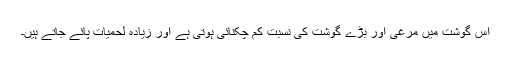
اس گوشت میں مرغی اور بڑے گوشت کی نسبت کم چکنائی ہوتی ہے اور زیادہ لحمیات پائے جاتے ہیں۔